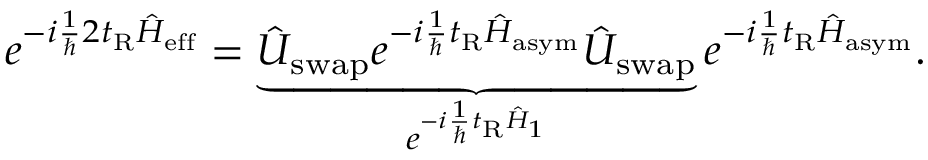
e ^ { - i \frac { 1 } { \hbar } 2 t _ { \mathrm { R } } \hat { H } _ { \mathrm { e f f } } } = \underbrace { \hat { U } _ { \mathrm { s w a p } } e ^ { - i \frac { 1 } { \hbar } t _ { \mathrm { R } } \hat { H } _ { \mathrm { a s y m } } } \hat { U } _ { \mathrm { s w a p } } } _ { e ^ { - i \frac { 1 } { \hbar } t _ { \mathrm { R } } \hat { H } _ { 1 } } } e ^ { - i \frac { 1 } { \hbar } t _ { \mathrm { R } } \hat { H } _ { \mathrm { a s y m } } } .